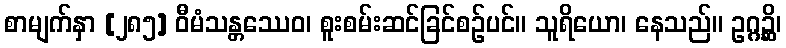
စာမျက်နှာ [၂၈၅] ဝီမံသန္တဿေဝ၊ စူးစမ်းဆင်ခြင်စဉ်ပင်။ သူရိယော၊ နေသည်။ ဥဂ္ဂဉ္ဆိ၊